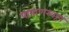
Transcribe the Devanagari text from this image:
पाषाणस्वरूप